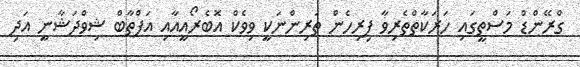
ގްރޭންޑް މަސްތީގައި ހަރަކާތްތެރިވާ ފިރިހެން ތަރިންނަކީ ވިވެކް އޮބެރޯއީއާއި އަފްތާބް ޝިވްދަޝާނީ އަދި